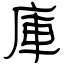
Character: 庫